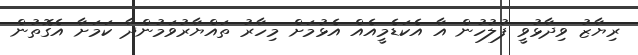
ރިޔާޒު ވިދާޅުވީ ފުލުހުން އާ އެކަޑެމީއެއް އެޅުމަށް މިހާރު ތައްޔާރުވަމުންދާ ކަމަށާ އެގޮތުން